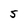
Character: S